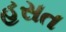
હસત